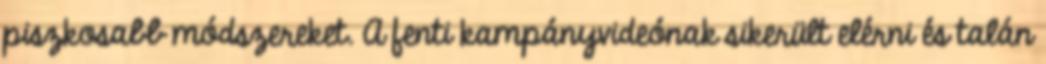
piszkosabb módszereket. A fenti kampányvideónak sikerült elérni és talán